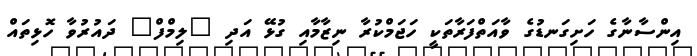
އިންސާނާގެ ހަށިގަނޑުގެ ވާއަތްފަރާތަކީ ހަޖަމްކުރާ ނިޒާމާއި ގުޅޭ އަދި "ލިމްފް" ދައުރުވާ ހޮޅިތައް